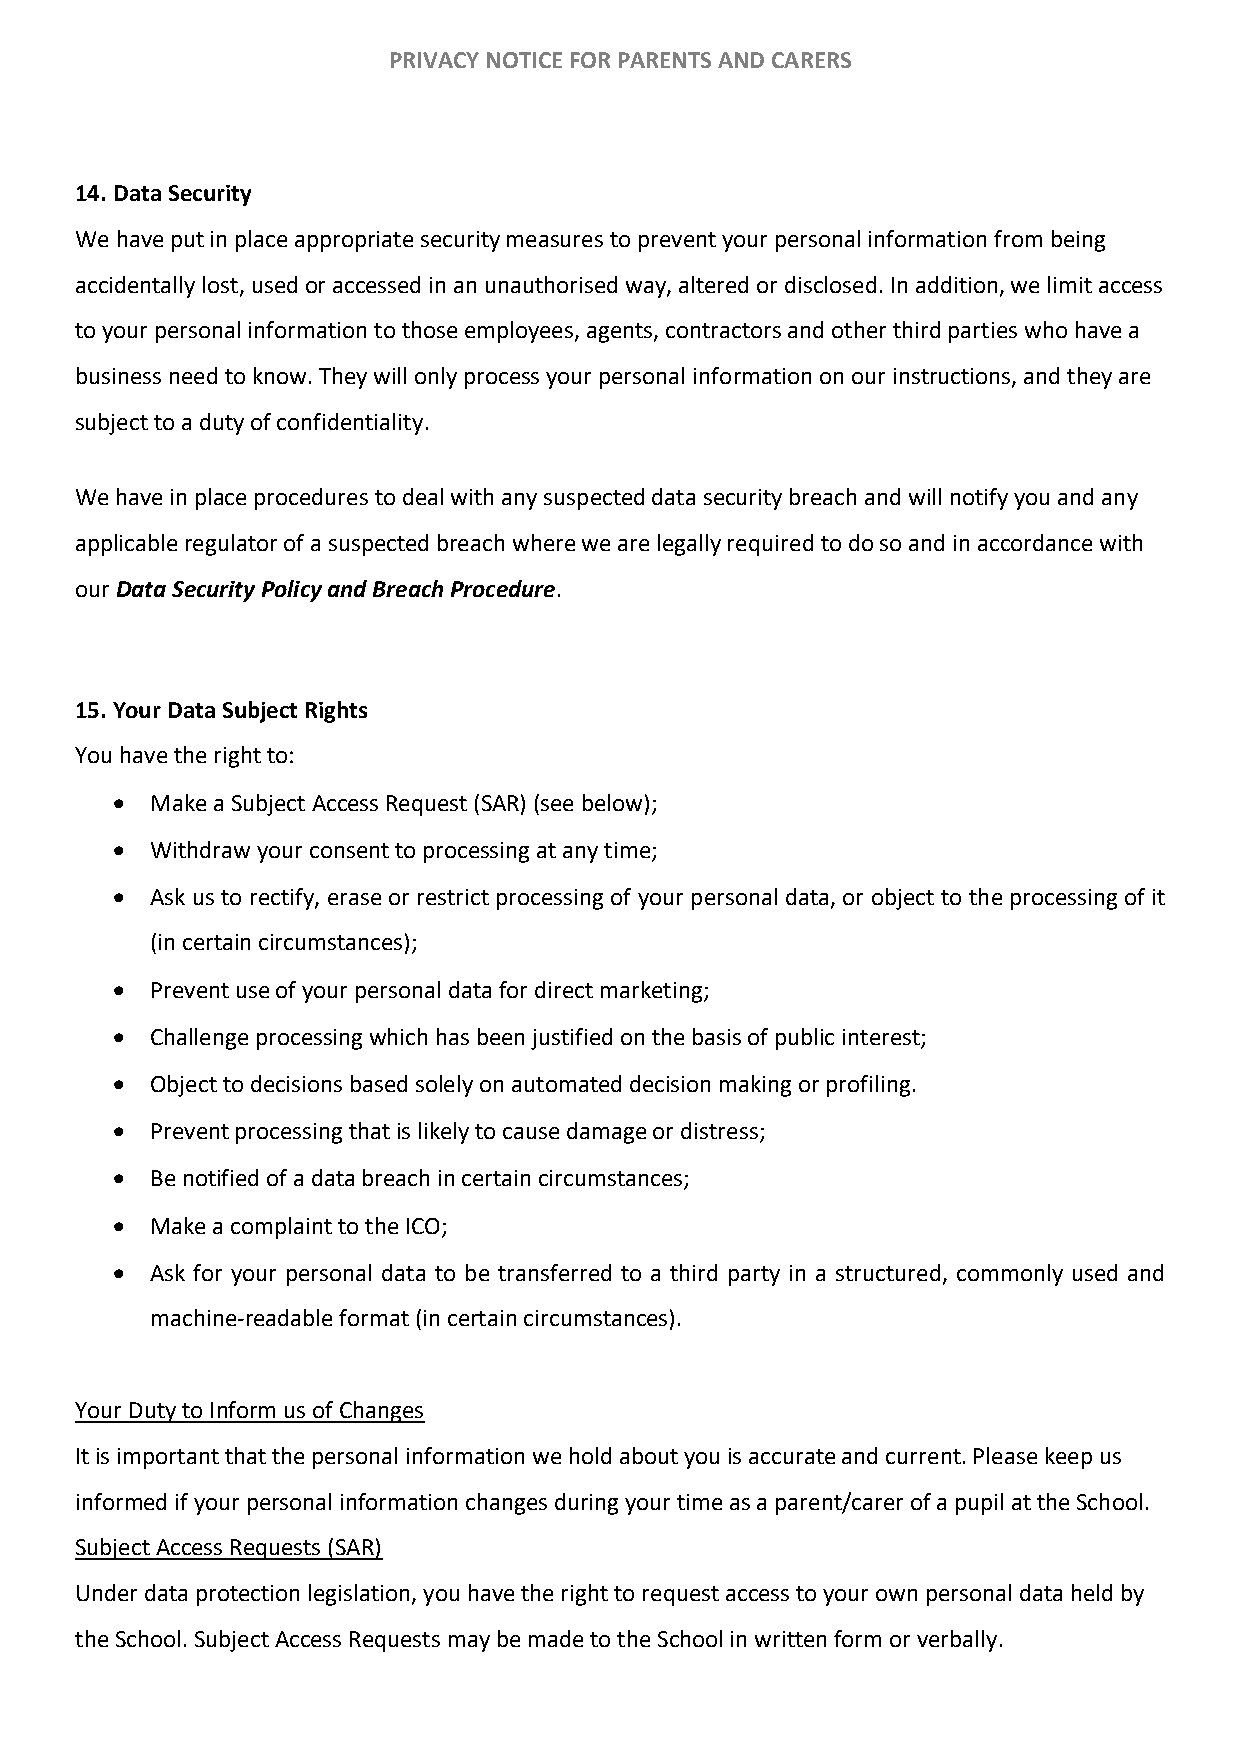
PRIVACY NOTICE FOR PARENTS AND CARERS
 14. Data Security
 We have put in place appropriate security measures to prevent your personal information from being
 accidentally lost, used or accessed in an unauthorised way, altered or disclosed. In addition, we limit access
 to your personal information to those employees, agents, contractors and other third parties who have a
 business need to know. They will only process your personal information on our instructions, and they are
 subject to a duty of confidentiality.
 We have in place procedures to deal with any suspected data security breach and will notify you and any
 applicable regulator of a suspected breach where we are legally required to do so and in accordance with
 our Data Security Policy and Breach Procedure.
 15. Your Data Subject Rights
 You have the right to:
 •  Make a Subject Access Request (SAR) (see below);
 •  Withdraw your consent to processing at any time;
 •  Ask us to rectify, erase or restrict processing of your personal data, or object to the processing of it
 (in certain circumstances);
 •  Prevent use of your personal data for direct marketing;
 •  Challenge processing which has been justified on the basis of public interest;
 •  Object to decisions based solely on automated decision making or profiling.
 •  Prevent processing that is likely to cause damage or distress;
 •  Be notified of a data breach in certain circumstances;
 •  Make a complaint to the ICO;
 •  Ask for your personal data to be transferred to a third party in a structured, commonly used and
 machine-readable format (in certain circumstances).
 Your Duty to Inform us of Changes
 It is important that the personal information we hold about you is accurate and current. Please keep us
 informed if your personal information changes during your time as a parent/carer of a pupil at the School.
 Subject Access Requests (SAR)
 Under data protection legislation, you have the right to request access to your own personal data held by
 the School. Subject Access Requests may be made to the School in written form or verbally.